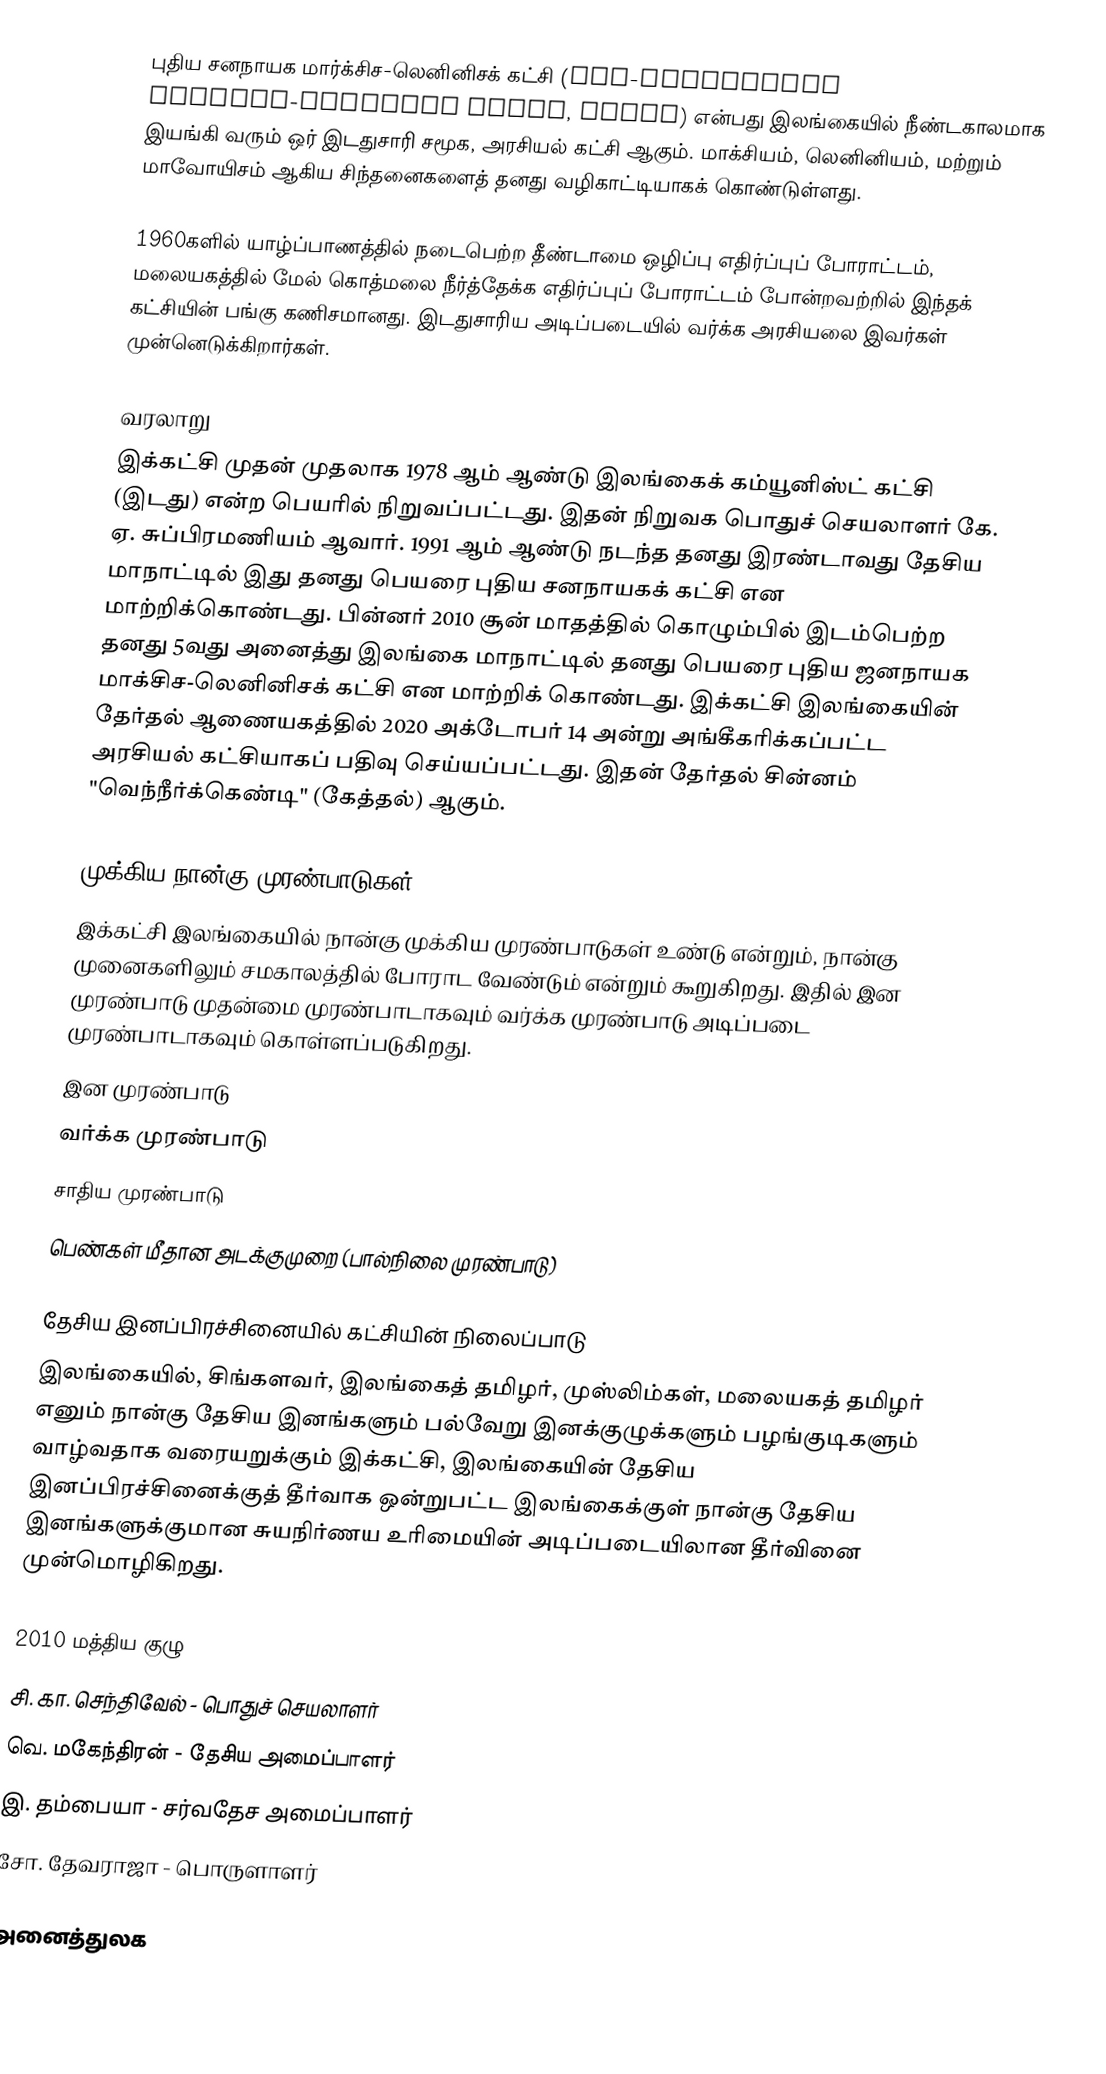
புதிய சனநாயக மார்க்சிச-லெனினிசக் கட்சி (New-Democratic Marxist-Leninist Party, NDMLP) என்பது இலங்கையில் நீண்டகாலமாக இயங்கி வரும் ஒர் இடதுசாரி சமூக, அரசியல் கட்சி ஆகும். மாக்சியம், லெனினியம், மற்றும் மாவோயிசம் ஆகிய சிந்தனைகளைத் தனது வழிகாட்டியாகக் கொண்டுள்ளது.

1960களில் யாழ்ப்பாணத்தில் நடைபெற்ற தீண்டாமை ஒழிப்பு எதிர்ப்புப் போராட்டம், மலையகத்தில் மேல் கொத்மலை நீர்த்தேக்க எதிர்ப்புப் போராட்டம் போன்றவற்றில் இந்தக் கட்சியின் பங்கு கணிசமானது. இடதுசாரிய அடிப்படையில் வர்க்க அரசியலை இவர்கள் முன்னெடுக்கிறார்கள்.

வரலாறு
இக்கட்சி முதன் முதலாக 1978 ஆம் ஆண்டு இலங்கைக் கம்யூனிஸ்ட் கட்சி (இடது) என்ற பெயரில் நிறுவப்பட்டது. இதன் நிறுவக பொதுச் செயலாளர் கே. ஏ. சுப்பிரமணியம் ஆவார். 1991 ஆம் ஆண்டு நடந்த தனது இரண்டாவது தேசிய மாநாட்டில் இது தனது பெயரை புதிய சனநாயகக் கட்சி என மாற்றிக்கொண்டது. பின்னர் 2010 சூன் மாதத்தில் கொழும்பில் இடம்பெற்ற தனது 5வது அனைத்து இலங்கை மாநாட்டில் தனது பெயரை புதிய ஜனநாயக மாக்சிச-லெனினிசக் கட்சி என மாற்றிக் கொண்டது. இக்கட்சி இலங்கையின் தேர்தல் ஆணையகத்தில் 2020 அக்டோபர் 14 அன்று அங்கீகரிக்கப்பட்ட அரசியல் கட்சியாகப் பதிவு செய்யப்பட்டது. இதன் தேர்தல் சின்னம் "வெந்நீர்க்கெண்டி" (கேத்தல்) ஆகும்.

முக்கிய நான்கு முரண்பாடுகள்
இக்கட்சி இலங்கையில் நான்கு முக்கிய முரண்பாடுகள் உண்டு என்றும், நான்கு முனைகளிலும் சமகாலத்தில் போராட வேண்டும் என்றும் கூறுகிறது.  இதில் இன முரண்பாடு முதன்மை முரண்பாடாகவும் வர்க்க முரண்பாடு அடிப்படை முரண்பாடாகவும் கொள்ளப்படுகிறது.
 இன முரண்பாடு
 வர்க்க முரண்பாடு
 சாதிய முரண்பாடு
 பெண்கள் மீதான அடக்குமுறை (பால்நிலை முரண்பாடு)

தேசிய இனப்பிரச்சினையில் கட்சியின் நிலைப்பாடு
இலங்கையில், சிங்களவர், இலங்கைத் தமிழர், முஸ்லிம்கள், மலையகத் தமிழர் எனும் நான்கு தேசிய இனங்களும் பல்வேறு இனக்குழுக்களும் பழங்குடிகளும் வாழ்வதாக வரையறுக்கும் இக்கட்சி, இலங்கையின் தேசிய இனப்பிரச்சினைக்குத் தீர்வாக ஒன்றுபட்ட இலங்கைக்குள் நான்கு தேசிய இனங்களுக்குமான சுயநிர்ணய உரிமையின் அடிப்படையிலான தீர்வினை முன்மொழிகிறது.

2010 மத்திய குழு
 சி. கா. செந்திவேல் - பொதுச் செயலாளர்
 வெ. மகேந்திரன் - தேசிய அமைப்பாளர்
 இ. தம்பையா - சர்வதேச அமைப்பாளர்
 சோ. தேவராஜா - பொருளாளர்

அனைத்துலக